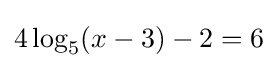
4\log _{5}(x-3)-2=6